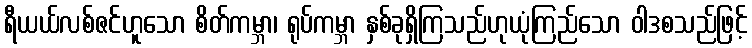
ရီယယ်လစ်ဇင်ဟူသော စိတ်ကမ္ဘာ၊ ရုပ်ကမ္ဘာ နှစ်ခုရှိကြသည်ဟုယုံကြည်သော ဝါဒစသည်ဖြင့်